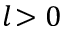
l \! > 0